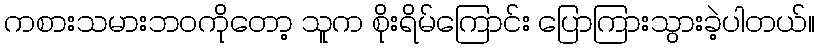
ကစားသမားဘဝကိုတော့ သူက စိုးရိမ်ကြောင်း ပြောကြားသွားခဲ့ပါတယ်။